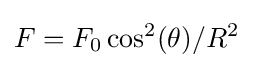
F=F_{0}\cos ^{2}(\theta )/R^{2}